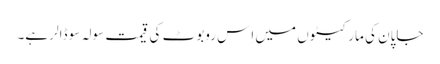
جاپان کی مارکیٹوں میں اِس روبوٹ کی قیمت سولہ سو ڈالر ہے۔